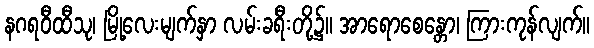
နဂရဝီထီသု၊ မြို့လေးမျက်နှာ လမ်းခရီးတို့၌။ အာရောစေန္တော၊ ကြားကုန်လျက်။